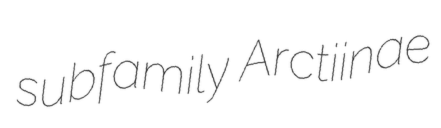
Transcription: subfamily Arctiinae